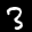
Label: 3